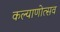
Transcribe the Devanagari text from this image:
कल्‍याणोत्‍सव